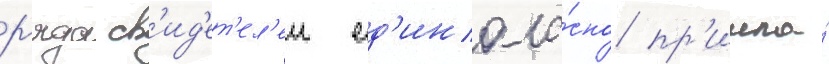
р'яда св'ид'ет'ел'еи ед'иногла́сно пр'ишла́